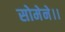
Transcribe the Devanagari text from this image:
सोमेने।।